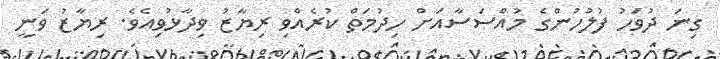
ގިނަ ދުވަހު ފުލުހުންގެ މުއްސަސާއަށް ހިދުމަތް ކުރެއްވި ރިޔާޒު ވިދާޅުވިއެވެ. ރިޔާޒު ވަނީ